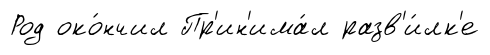
Род око́нчил Пр'ин'има́л разв'и́лк'е